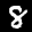
Label: 8